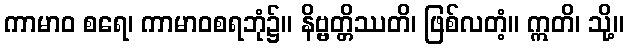
ကာမာဝ စရေ၊ ကာမာဝစရဘုံ၌။ နိဗ္ဗတ္တိဿတိ၊ ဖြစ်လတံ့။ ဣတိ၊ သို့။